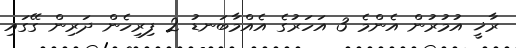
ރާޚީ އުމުރުން އެންމެ 3 އަހަރުގެ އެއްމާބަނޑު 2 ފިރިހެން ދަރިން ގޭގައި